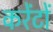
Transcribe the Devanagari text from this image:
करेंटों